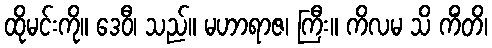
ထိုမင်းကို။ ဒေဝီ၊ သည်။ မဟာရာဇ၊ ကြီး။ ကိလမ သိ ကိံတိ၊